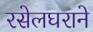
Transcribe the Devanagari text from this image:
रसेलघराने